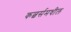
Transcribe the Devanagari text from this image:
कल्चर्समधील